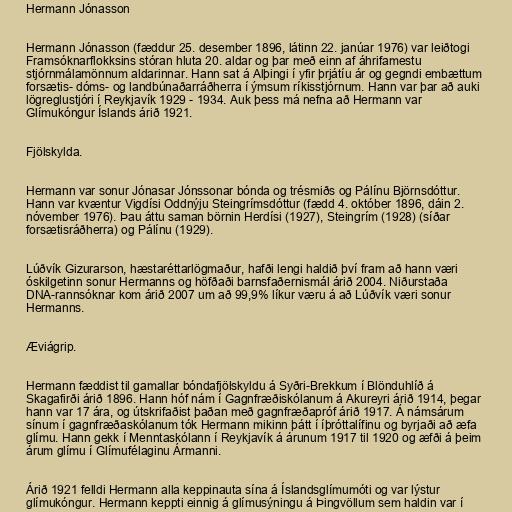
Hermann Jónasson

Hermann Jónasson (fæddur 25. desember 1896, látinn 22. janúar 1976) var leiðtogi
Framsóknarflokksins stóran hluta 20. aldar og þar með einn af áhrifamestu
stjórnmálamönnum aldarinnar. Hann sat á Alþingi í yfir þrjátíu ár og gegndi embættum
forsætis- dóms- og landbúnaðarráðherra í ýmsum ríkisstjórnum. Hann var þar að auki
lögreglustjóri í Reykjavík 1929 - 1934. Auk þess má nefna að Hermann var
Glímukóngur Íslands árið 1921.

Fjölskylda.

Hermann var sonur Jónasar Jónssonar bónda og trésmiðs og Pálínu Björnsdóttur.
Hann var kvæntur Vigdísi Oddnýju Steingrímsdóttur (fædd 4. október 1896, dáin 2.
nóvember 1976). Þau áttu saman börnin Herdísi (1927), Steingrím (1928) (síðar
forsætisráðherra) og Pálínu (1929).

Lúðvík Gizurarson, hæstaréttarlögmaður, hafði lengi haldið því fram að hann væri
óskilgetinn sonur Hermanns og höfðaði barnsfaðernismál árið 2004. Niðurstaða
DNA-rannsóknar kom árið 2007 um að 99,9% líkur væru á að Lúðvík væri sonur
Hermanns.

Æviágrip.

Hermann fæddist til gamallar bóndafjölskyldu á Syðri-Brekkum í Blönduhlíð á
Skagafirði árið 1896. Hann hóf nám í Gagnfræðiskólanum á Akureyri árið 1914, þegar
hann var 17 ára, og útskrifaðist þaðan með gagnfræðapróf árið 1917. Á námsárum
sínum í gagnfræðaskólanum tók Hermann mikinn þátt í íþróttalífinu og byrjaði að æfa
glímu. Hann gekk í Menntaskólann í Reykjavík á árunum 1917 til 1920 og æfði á þeim
árum glímu í Glímufélaginu Ármanni.

Árið 1921 felldi Hermann alla keppinauta sína á Íslandsglímumóti og var lýstur
glímukóngur. Hermann keppti einnig á glímusýningu á Þingvöllum sem haldin var í